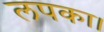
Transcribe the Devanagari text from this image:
लपका।